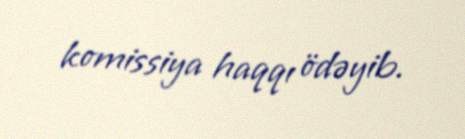
komissiya haqqı ödəyib.